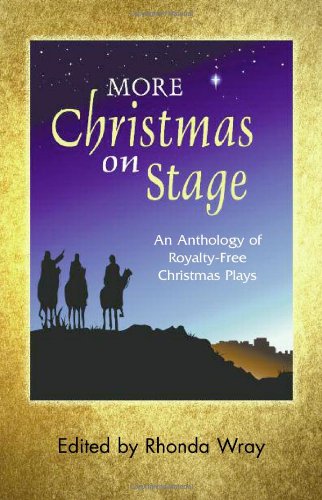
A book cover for More Christmas on Stage: An Anthology of Royalty-Free Christmas Plays; Rhonda Wray; Literature & Fiction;